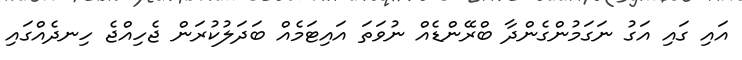
އައި ގައި އަގު ނަގަމުންގެންދާ ބްރޭންޑެއް ނުވަތަ އައިޓަމެއް ބަދަލުކުރަން ޖެހިއްޖެ ހިނދެއްގައި